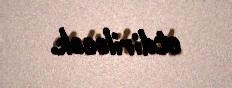
etdiriləcək.